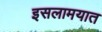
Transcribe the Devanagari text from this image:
इसलामयात